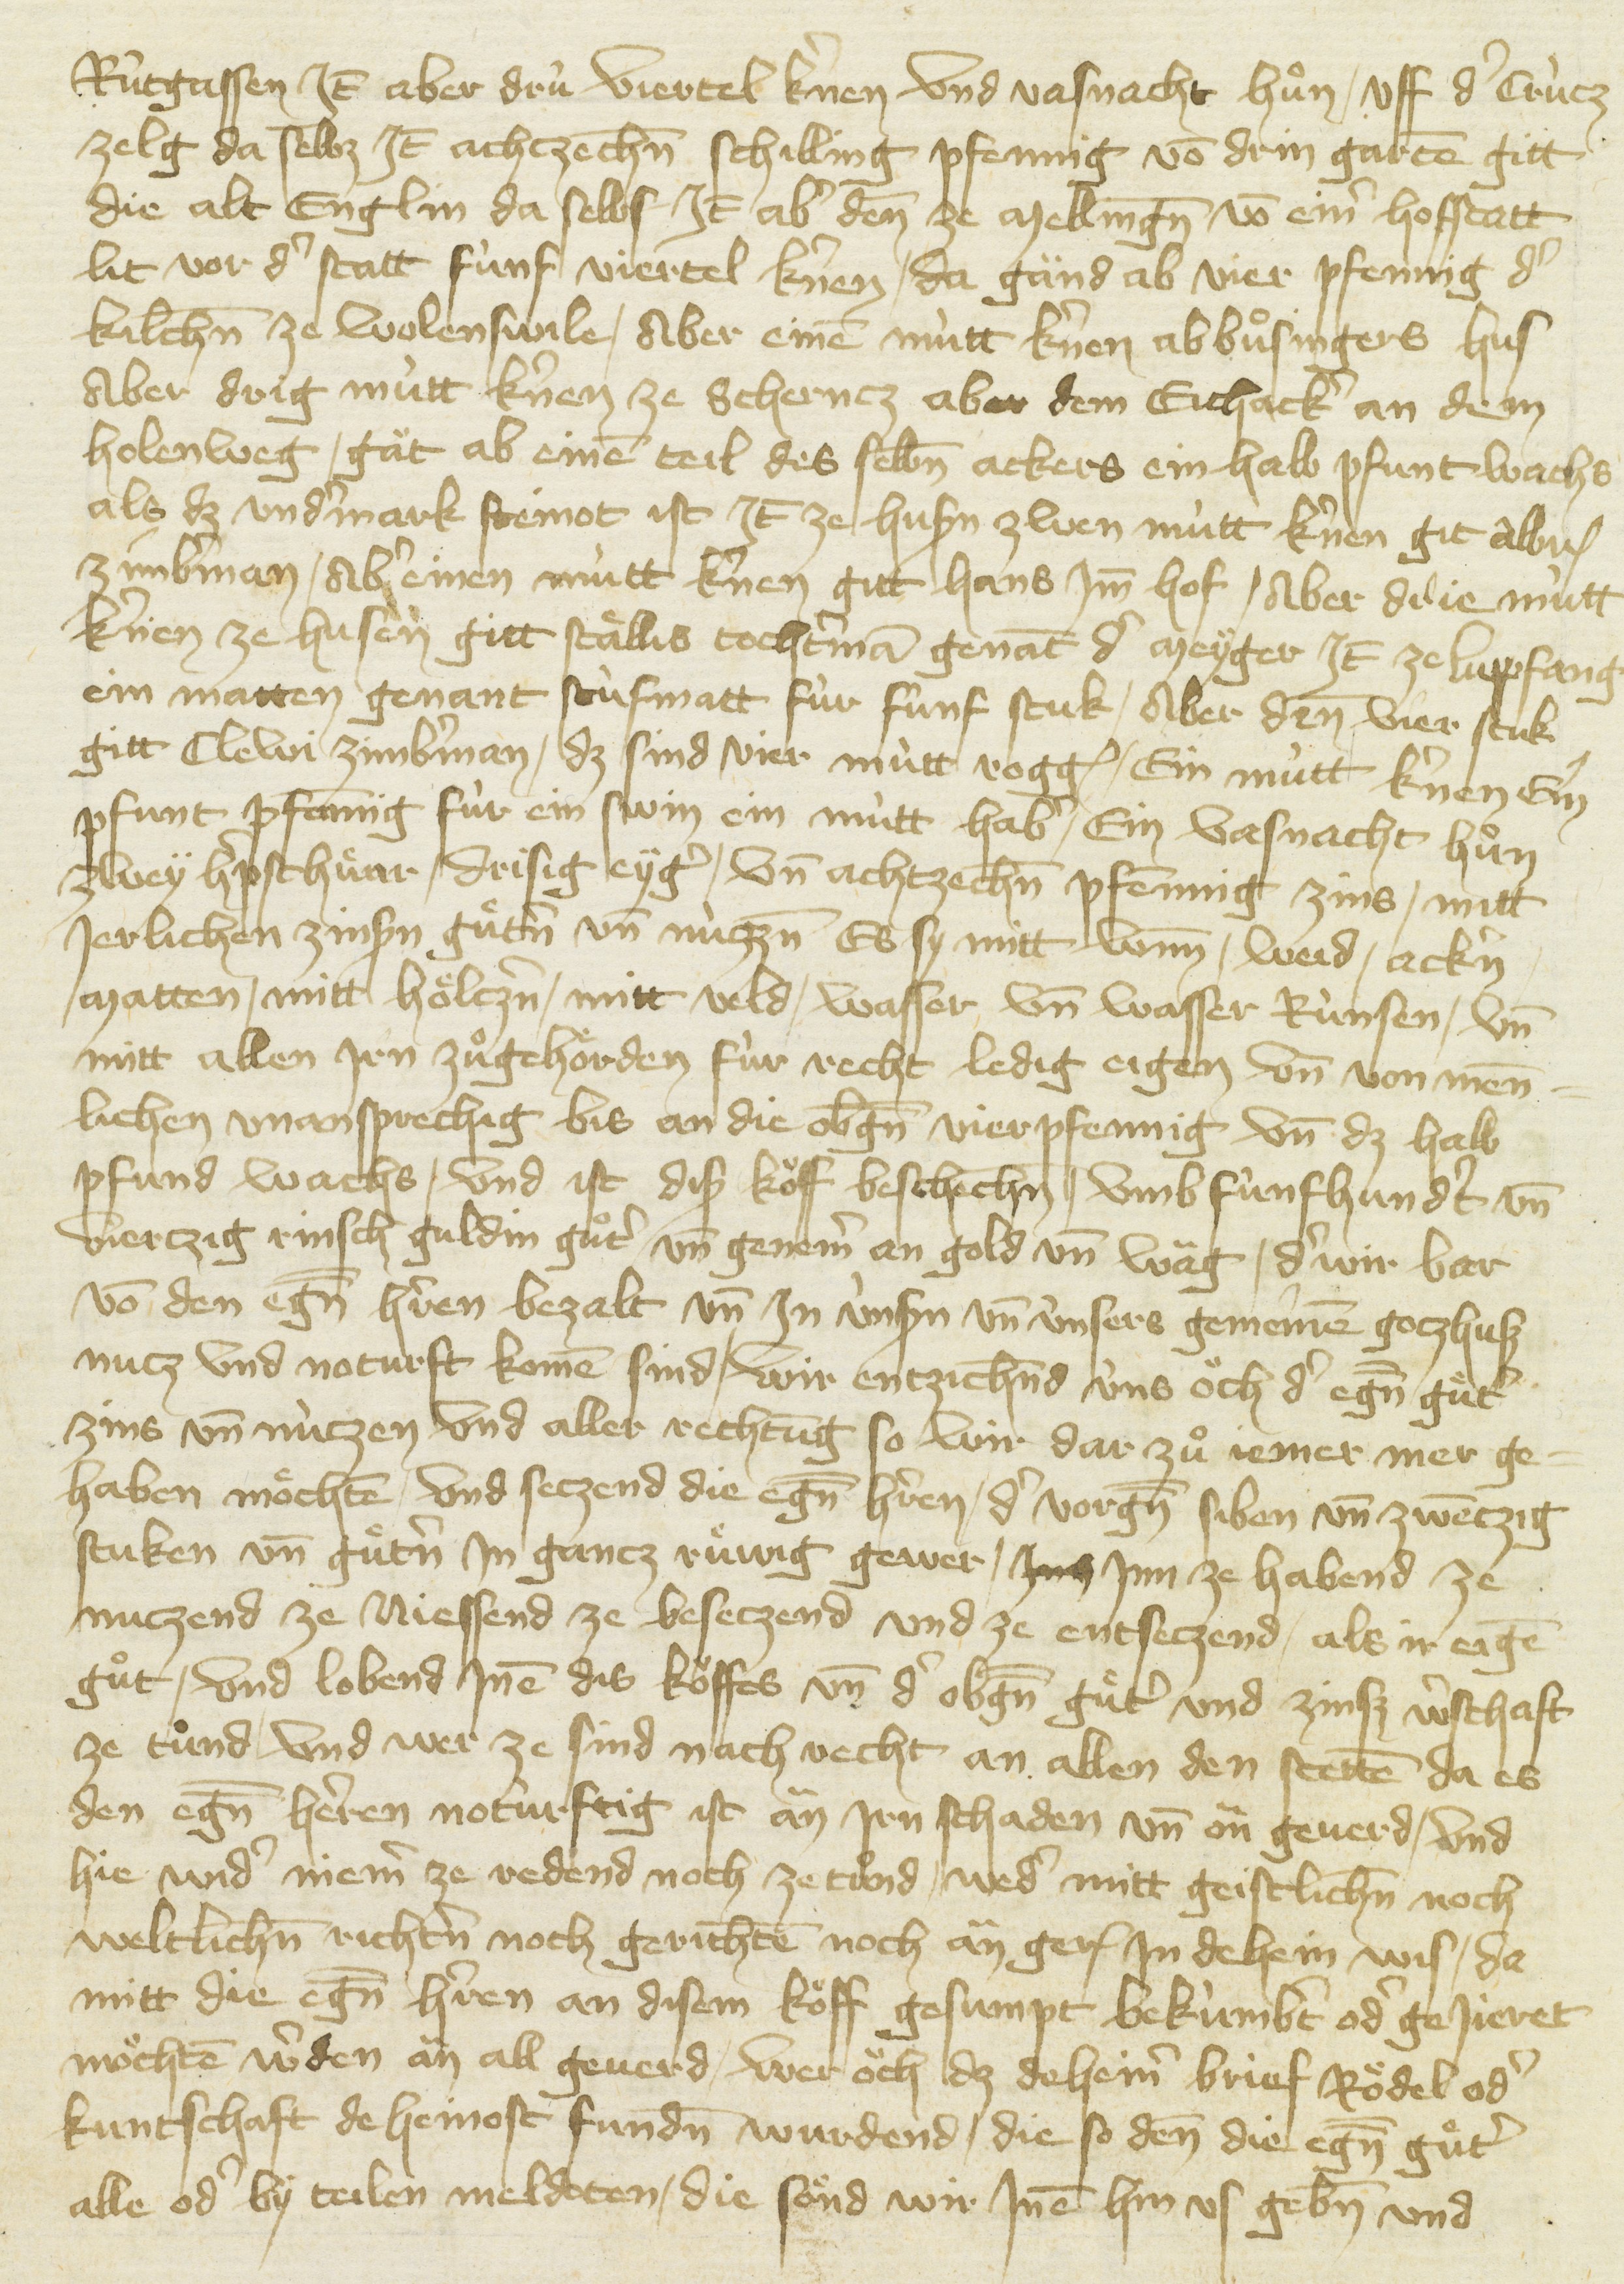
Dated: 1416–1418